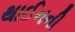
થાઈનની